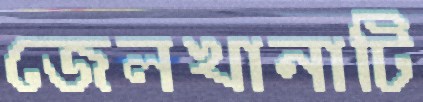
জেলখানাটি